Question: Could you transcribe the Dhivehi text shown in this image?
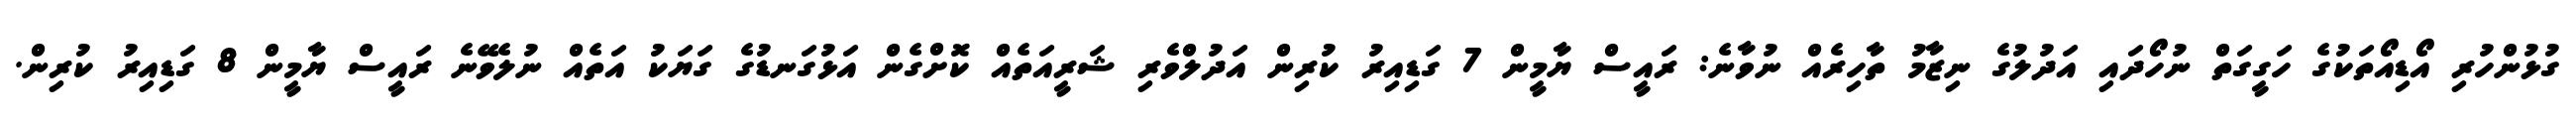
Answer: ގުޅުންހުރި އޯޑިއޯތަކުގެ ހަގީގަތް ނުހޯދައި އަދުލުގެ ނިޒާމު ތާހިރެއް ނުވާނެ: ރައީސް ޔާމީން 7 ގަޑިއިރު ކުރިން އަދުލްވެރި ޝަރީއަތެއް ކޮށްގެން އަޅުގަނޑުގެ ގަޔަކު އަތެއް ނުލެވޭނެ ރައީސް ޔާމީން 8 ގަޑިއިރު ކުރިން.